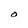
Character: O